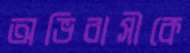
অভিবাসীকে